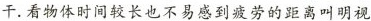
干。看物体时间较长也不易感到疲劳的距离叫明视